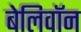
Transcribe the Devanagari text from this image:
बेलिवॉन